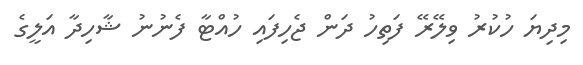
މިދިޔަ ހުކުރު ވިލޭރޭ ފަތިހު ދަން ޖެހިފައި ހުއްޓާ ފެނުނު ޝާހިދާ އަލީގެ